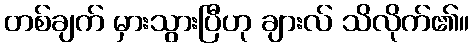
တစ်ချက် မှားသွားပြီဟု ချားလ် သိလိုက်၏။